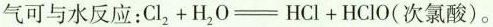
气可与水反应：Cl_{2}+H_{2}O=HCl+HClO(次氯酸)。